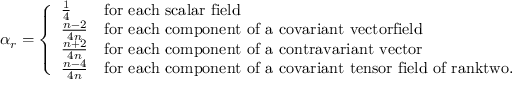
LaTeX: \alpha _ { r } = \left\{ \begin{array} { l l } { { \frac { 1 } { 4 } } } & { { \mathrm { f o r ~ e a c h ~ s c a l a r ~ f i e l d } } } \\ { { \frac { n - 2 } { 4 n } } } & { { \mathrm { f o r ~ e a c h ~ c o m p o n e n t ~ o f ~ a ~ c o v a r i a n t ~ v e c t o r f i e l d } } } \\ { { \frac { n + 2 } { 4 n } } } & { { \mathrm { f o r ~ e a c h ~ c o m p o n e n t ~ o f ~ a ~ c o n t r a v a r i a n t ~ v e c t o r } } } \\ { { \frac { n - 4 } { 4 n } } } & { { \mathrm { f o r ~ e a c h ~ c o m p o n e n t ~ o f ~ a ~ c o v a r i a n t ~ t e n s o r ~ f i e l d ~ o f ~ r a n k t w o . } } } \end{array} \right.